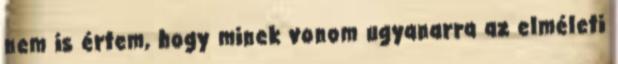
nem is értem, hogy minek vonom ugyanarra az elméleti